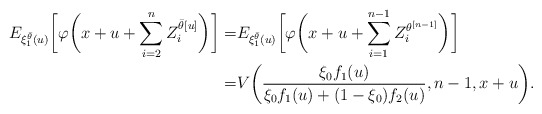
\begin{align*}E_{\xi^{\bar{\theta}}_1(u)}\biggl[\varphi\biggl(x+u+\sum_{i=2}^{n}Z^{{\bar{\theta}}[u]}_i\biggr)\biggr]=&E_{\xi^{\bar{\theta}}_1(u)}\biggl[\varphi\biggl(x+u+\sum_{i=1}^{n-1}Z^{\theta^{[n-1]}}_i\biggr)\biggr]\\=&V\bigg(\frac{\xi_0f_1(u) }{\xi_0 f_1(u)+(1-\xi_0)f_2(u)}, n-1, x+u\bigg).\end{align*}